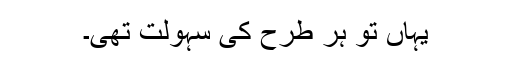
یہاں تو ہر طرح کی سہولت تھی۔